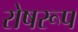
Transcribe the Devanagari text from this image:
रोषरूप